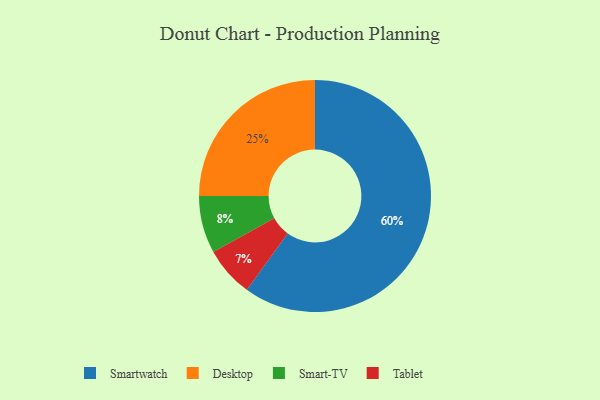
{"axis": {"x": "Category", "y": "Percentage"}, "legend": ["Desktop", "Smart-TV", "Smartwatch", "Tablet"], "data": [{"x": "Tablet", "y": 7, "type": "Tablet"}, {"x": "Smart-TV", "y": 8, "type": "Smart-TV"}, {"x": "Desktop", "y": 25, "type": "Desktop"}, {"x": "Smartwatch", "y": 60, "type": "Smartwatch"}]}